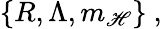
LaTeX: \{ R,\Lambda,m_{\mathscr{H}}\} \ ,